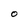
Character: 0